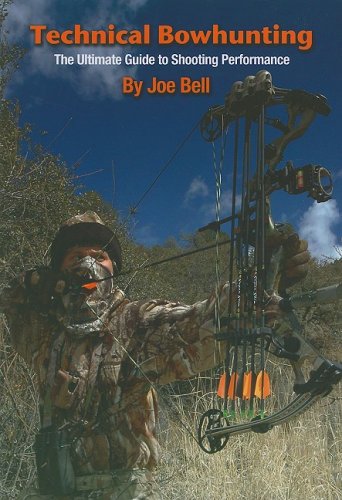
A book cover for Technical Bowhunting: The Ultimate Guide to Shooting Performance; Joe Bell; Sports & Outdoors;